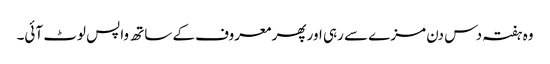
وہ ہفتہ دس دن مزے سے رہی اور پھر معروف کے ساتھ واپس لوٹ آئی۔